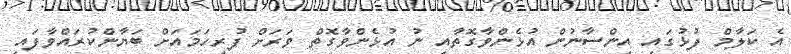
އެ ކަލާމް ފުޅުގައި އިންސާނުން އުޅެންވާގޮތާއި ނު އުޅެންވާގޮތް ވަރަށް ފުރިހަމައަށް ބަޔާންކުރައްވާފައި